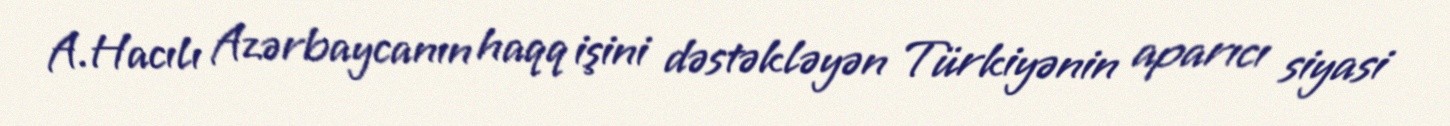
A.Hacılı Azərbaycanın haqq işini dəstəkləyən Türkiyənin aparıcı siyasi